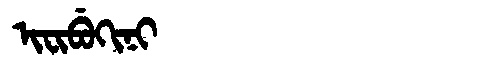
Manchu: ᡳᠸᡳᠪᡠᡴᡳᠨᡳ
Romanization: IFIBUKINI